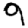
Digit: 9